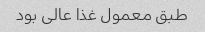
طبق معمول غذا عالی بود